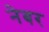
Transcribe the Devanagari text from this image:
नेबर